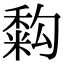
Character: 𥡚